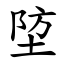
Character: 埅